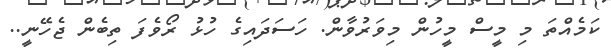
ކަމެއްތަ މި މީސް މީހުން މިވަރުވާން. ހަސަދައިގެ ހުޅު ރޯވެފަ ތިބެން ޖެހޭނީ..